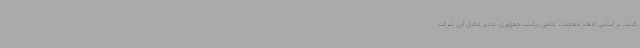
‌کنند. بر اساس اعلام معاونت علمی ریاست‌جمهوری، مدیر عامل این شرکت